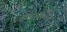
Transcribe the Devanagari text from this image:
सामायिकता